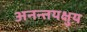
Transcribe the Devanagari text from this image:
अनन्तयक्षुय